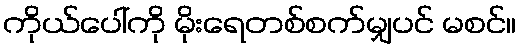
ကိုယ်ပေါ်ကို မိုးရေတစ်စက်မျှပင် မစင်။